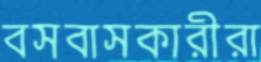
বসবাসকারীরা